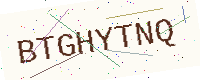
Text: BTGHYTNQ